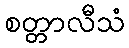
စတ္တာလီသံ